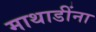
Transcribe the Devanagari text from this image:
माथाडींना